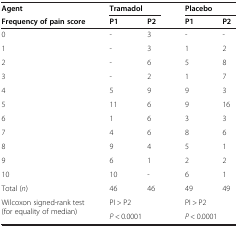
<table><thead><tr><td><b>Agent</b></td><td colspan="2"><b>Tramadol</b></td><td colspan="2"><b>Placebo</b></td></tr><tr><td><b>Frequency of pain score</b></td><td><b>P1</b></td><td><b>P2</b></td><td><b>P1</b></td><td><b>P2</b></td></tr></thead><tbody><tr><td>0</td><td>-</td><td>3</td><td>-</td><td>-</td></tr><tr><td>1</td><td>-</td><td>3</td><td>1</td><td>2</td></tr><tr><td>2</td><td>-</td><td>6</td><td>5</td><td>8</td></tr><tr><td>3</td><td>-</td><td>2</td><td>1</td><td>7</td></tr><tr><td>4</td><td>5</td><td>9</td><td>9</td><td>3</td></tr><tr><td>5</td><td>11</td><td>6</td><td>9</td><td>16</td></tr><tr><td>6</td><td>1</td><td>6</td><td>3</td><td>3</td></tr><tr><td>7</td><td>4</td><td>6</td><td>8</td><td>6</td></tr><tr><td>8</td><td>9</td><td>4</td><td>5</td><td>1</td></tr><tr><td>9</td><td>6</td><td>1</td><td>2</td><td>2</td></tr><tr><td>10</td><td>10</td><td>-</td><td>6</td><td>1</td></tr><tr><td>Total (<i>n</i>)</td><td>46</td><td>46</td><td>49</td><td>49</td></tr><tr><td rowspan="2">Wilcoxon signed-rank test (for equality of median)</td><td colspan="2">PI &gt; P2</td><td colspan="2">PI &gt; P2</td></tr><tr><td colspan="2"><i>P</i> &lt; 0.0001</td><td colspan="2"><i>P</i> &lt; 0.0001</td></tr></tbody></table>